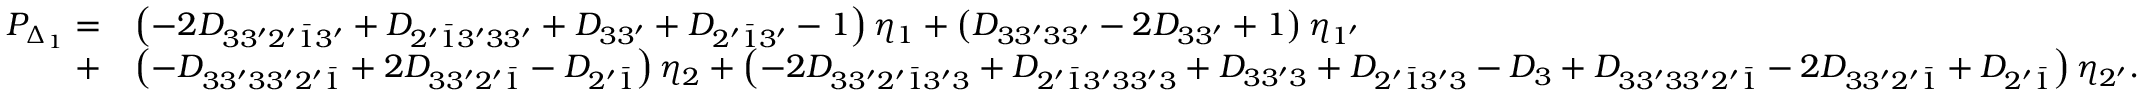
\begin{array} { r l } { P _ { \Delta _ { 1 } } = } & { \left( { - 2 { D _ { 3 3 ^ { \prime } 2 ^ { \prime } \bar { 1 } 3 ^ { \prime } } } + { D _ { 2 ^ { \prime } \bar { 1 } 3 ^ { \prime } 3 3 ^ { \prime } } } + { D _ { 3 3 ^ { \prime } } } + { D _ { 2 ^ { \prime } \bar { 1 } 3 ^ { \prime } } } - 1 } \right) { \eta _ { 1 } } + \left( { { D _ { 3 3 ^ { \prime } 3 3 ^ { \prime } } } - 2 { D _ { 3 3 ^ { \prime } } } + 1 } \right) { \eta _ { 1 ^ { \prime } } } } \\ { + } & { \left( { - { D _ { 3 3 ^ { \prime } 3 3 ^ { \prime } 2 ^ { \prime } \bar { 1 } } } + 2 { D _ { 3 3 ^ { \prime } 2 ^ { \prime } \bar { 1 } } } - { D _ { 2 ^ { \prime } \bar { 1 } } } } \right) { \eta _ { 2 } } + \left( { - 2 { D _ { 3 3 ^ { \prime } 2 ^ { \prime } \bar { 1 } 3 ^ { \prime } 3 } } + { D _ { 2 ^ { \prime } \bar { 1 } 3 ^ { \prime } 3 3 ^ { \prime } 3 } } + { D _ { 3 3 ^ { \prime } 3 } } + { D _ { 2 ^ { \prime } \bar { 1 } 3 ^ { \prime } 3 } } - { D _ { 3 } } + { D _ { 3 3 ^ { \prime } 3 3 ^ { \prime } 2 ^ { \prime } \bar { 1 } } } - 2 { D _ { 3 3 ^ { \prime } 2 ^ { \prime } \bar { 1 } } } + { D _ { 2 ^ { \prime } \bar { 1 } } } } \right) { \eta _ { 2 ^ { \prime } } } . } \end{array}